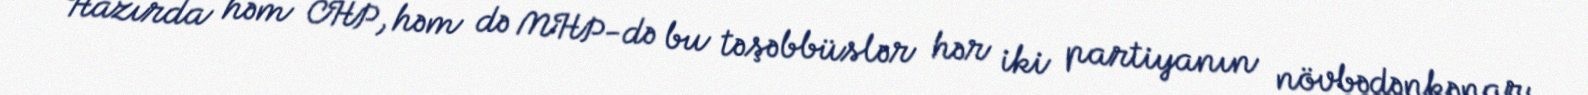
Hazırda həm CHP, həm də MHP-də bu təşəbbüslər hər iki partiyanın növbədənkənar